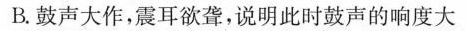
B.鼓声大作，震耳欲聋，说明此时鼓声的响度大